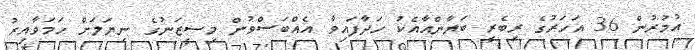
އުމުރުން 36 އަހަރުގެ ރިބެރީ ބަޔާންއާއެކު ހަދާފައިވާ އެއްބަސްވުން މިސީޒަނުގެ ނިޔަލަށް ހަމަވާއިރު